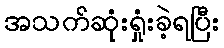
အသက်ဆုံးရှုံးခဲ့ရပြီး